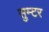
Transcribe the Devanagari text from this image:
सुम्टर